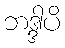
ဘဒ္ဒါပိ